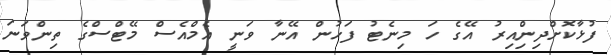
ފުޅާކޮށްދިންިއިރު އޭގެ ހަ މިނެޓު ފަހުން އޭނާ ވަނީ އެމްއެސް މޭޓްސްގެ ތިންވަނަ